Annual administration report of the Civil Veterinary Department of India - 1897-1898
Year: 1897
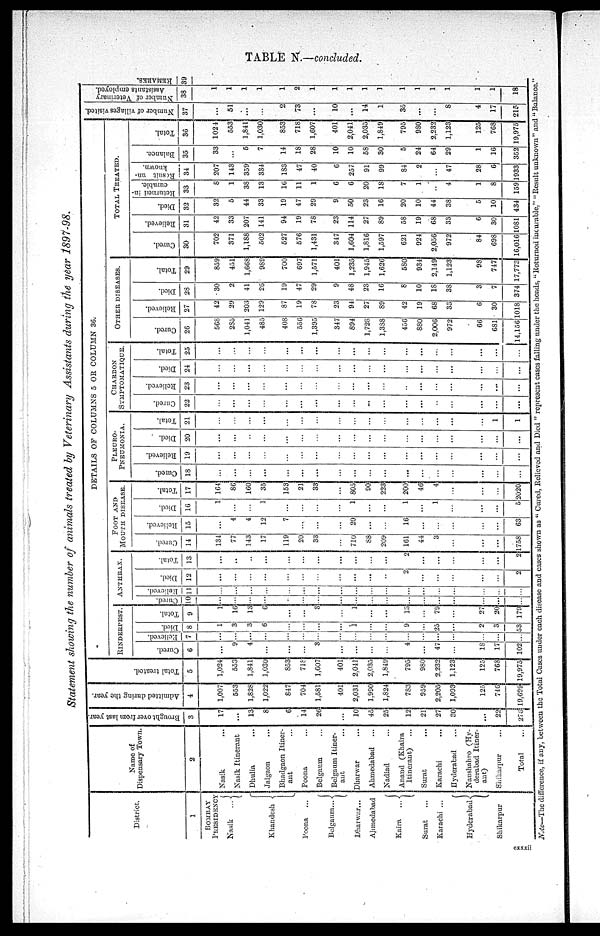
TABLE N.—concluded.
Statement showing the number of animals treated by Veterinary Assistants during the year 1897-98.
District.
1
BOMBAY
PRESIDENCY
Nasik
...
Khandesh
Poona
Belgaum...
Dharwax...
Ahmedabad
Kaira
...
Surat
Karachi ...
Hyderabad
Shikarpur
Dispensary Town.
2
Nasik
Nasik Itinerant
Dhulia
Jalgaon
Bhadgaon Itiner-
ant
Poona
Belgaum
Belgaum Itiner-
ant
Dharwar
Ahmedabad
Nadiad
Anand (Khaira
Itinerant)
Surat
Karachi
Hyderabad
Naushnhro (Hy-
derabad Itiner-
ant)
Shikarpur
...
Total
...
Brought over from last year.
3
17
...
13
8
6
14
26
10
45
25
12
21
27
30
...
22
276
Admitted during the year.
4
1,007
553
1,828
1,022
847
704
1,581
401
2,031
1,900
1,824
783
959
2,205
1,093
125
746
19,699
Total treated.
5
1,024
553
1,841
1,030
853
718
1,607
401
2.041
2,035
1,849
795
980
2,232
1,123
125
768
19,975
DETAILS OF COLUMNS 5 OR COLUMN 36.
RINDERPEST.
Cured.
6
9
4
...
...
...
3
...
...
...
...
4
...
47
18
17
102
Relieved.
7
...
...
...
...
...
...
...
...
...
...
...
...
...
...
...
...
...
...
Died.
8
1
3
3
6
1
9
25
...
2
3
53
Total.
9
1
16
13
6
...
3
1
...
13
...
79
...
27
20
179
Cured.
1C
...
...
...
...
...
...
...
...
...
ANTHRAX.
Relieved.
11
...
...
...
...
...
Died.
12
...
...
...
...
...
...
...
...
...
...
...
...
...
...
2
Total.
13
...
...
...
...
...
2
...
...
...
...
...
2
FOOT AND
MOUTH DISEASE.
Cured.
14
134
77
143
17
119
20
33
710
88
209
161
44
3
...
...
...
1758
Relieved.
15
4
4
12
7
20
...
16
...
...
...
...
63
Died.
16
1
...
...
1
...
...
...
...
1
...
...
1
...
1
...
...
...
5
Total.
17
164
86
160
35
153
21
33
805
90
223
200
46
4
...
...
...
2020
PLEURO¬
PNEUMONIA.
Cured.
18
...
...
...
...
...
...
...
...
...
...
...
...
...
...
...
...
...
Relieved.
19
...
...
...
...
...
...
...
...
...
...
...
...
...
...
...
...
...
...
Died.
20
...
...
...
...
...
...
...
...
...
...
...
...
...
...
...
...
...
...
Total.
21
...
...
...
...
...
...
...
...
...
...
...
...
...
...
...
1
1
CHARBON
SYMPTOMATIQUE.
Cured.
22
...
...
...
...
...
...
...
...
...
...
...
...
...
...
...
...
Relieved.
23
...
...
...
...
...
...
...
...
...
...
...
...
...
...
...
...
...
Died.
24
...
...
...
...
...
...
...
...
...
...
...
Total.
25
...
...
...
...
...
...
...
...
...
...
...
...
...
...
...
OTHER DISEASES.
Cured.
26
568
285
1,041
485
408
556
1,395
347
894
1,728
1,388
456
880
2.006
972
66
681
14,156
Relieved.
27
42
29
203
129
87
19
78
23
94
27
89
42
19
68
33
6
30
1018
Died.
28
30
2
41
26
19
47
29
9
48
23
16
8
10
18
38
3
7
374
Total.
29
859
451
1,668
989
700
697
1,571
401
1,235
1,945
1,626
580
934
2,149
1,123
98
747
17,773
Cured.
30
702
371
1,188
502
527
576
1,431
347
1,604
1,816
1,597
621
924
2,056
972
84
698
16,016
TOTAL TREATED.
Relieved.
31
42
33
207
141
94
19
78
23
114
27
89
58
19
68
33
6
30
1081
Died.
32
32
5
44
33
19
47
29
9
50
23
16
20
10
44
38
5
10
434
Returned in-
curable.
33
8
1
38
13
16
11
1
6
6
20
18
7
1
4
1
8
159
Result un-
known.
34
207
143
359
334
183
47
40
6
257
91
99
84
2
47
28
6
933
Balance.
35
33
5
7
14
18
28
10
10
58
30
5
24
64
29
1
16
352
Total.
36
1024
553
1,841
1,030
853
718
1,607
401
2,041
2,035
1,849
795
980
2,232
1,123
125
768
19,975
Number of villages visited.
37
...
51
...
...
2
73
...
10
...
14
1
35
...
...
8
4
17
215
Number of Veterinary
Assistants employed.
REMARKS.
38
1
1
1
1
1
2
1
1
1
1
1
1
1
1
1
1
1
18
39
Note—The difference, if any, between the Total Cases under each disease and cases shown as "Cured, Relieved and Died" represent cases falling under the heads, "Returned incurable," "Result unknown" and "Balance."
cxxxii